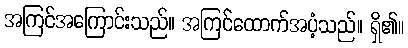
အကြင်အကြောင်းသည်။ အကြင်ထောက်အပံ့သည်။ ရှိ၏။